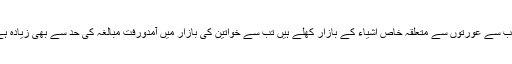
جب سے عورتوں سے متعلقہ خاص اشیاء کے بازار کھلے ہیں تب سے خواتین کی بازار میں آمدورفت مبالغہ کی حد سے بھی زیادہ ہے۔